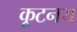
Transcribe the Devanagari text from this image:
कूटनय